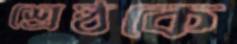
শ্রেষ্ঠকে